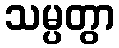
သမ္ပတွာ